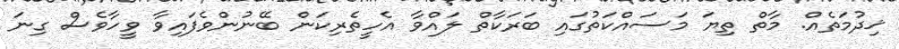
ޚިދުމަތެއް. މާތް ތިޔަ މަސައްކަތުގައި ބަރަކާތް ލައްވާ އެހީތެރިކަން ބޭނުންވެފައިވާ ވީހާވެސް ގިނަ